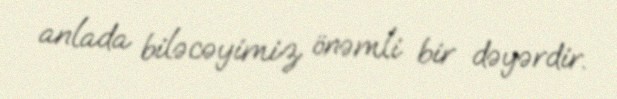
anlada biləcəyimiz önəmli bir dəyərdir.